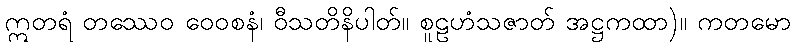
ဣတရံ တဿေဝ ဝေဝစနံ၊ ဝီသတိနိပါတ်။ စူဠဟံသဇာတ် အဋ္ဌကထာ)။ ကတမော